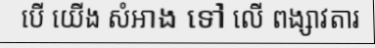
បើ យើង សំអាង ទៅ លើ ពង្សាវតារ